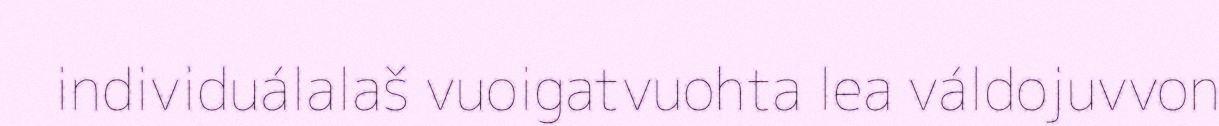
individuálalaš vuoigatvuohta lea váldojuvvon